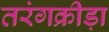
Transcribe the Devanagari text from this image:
तरंगक्रीड़ा